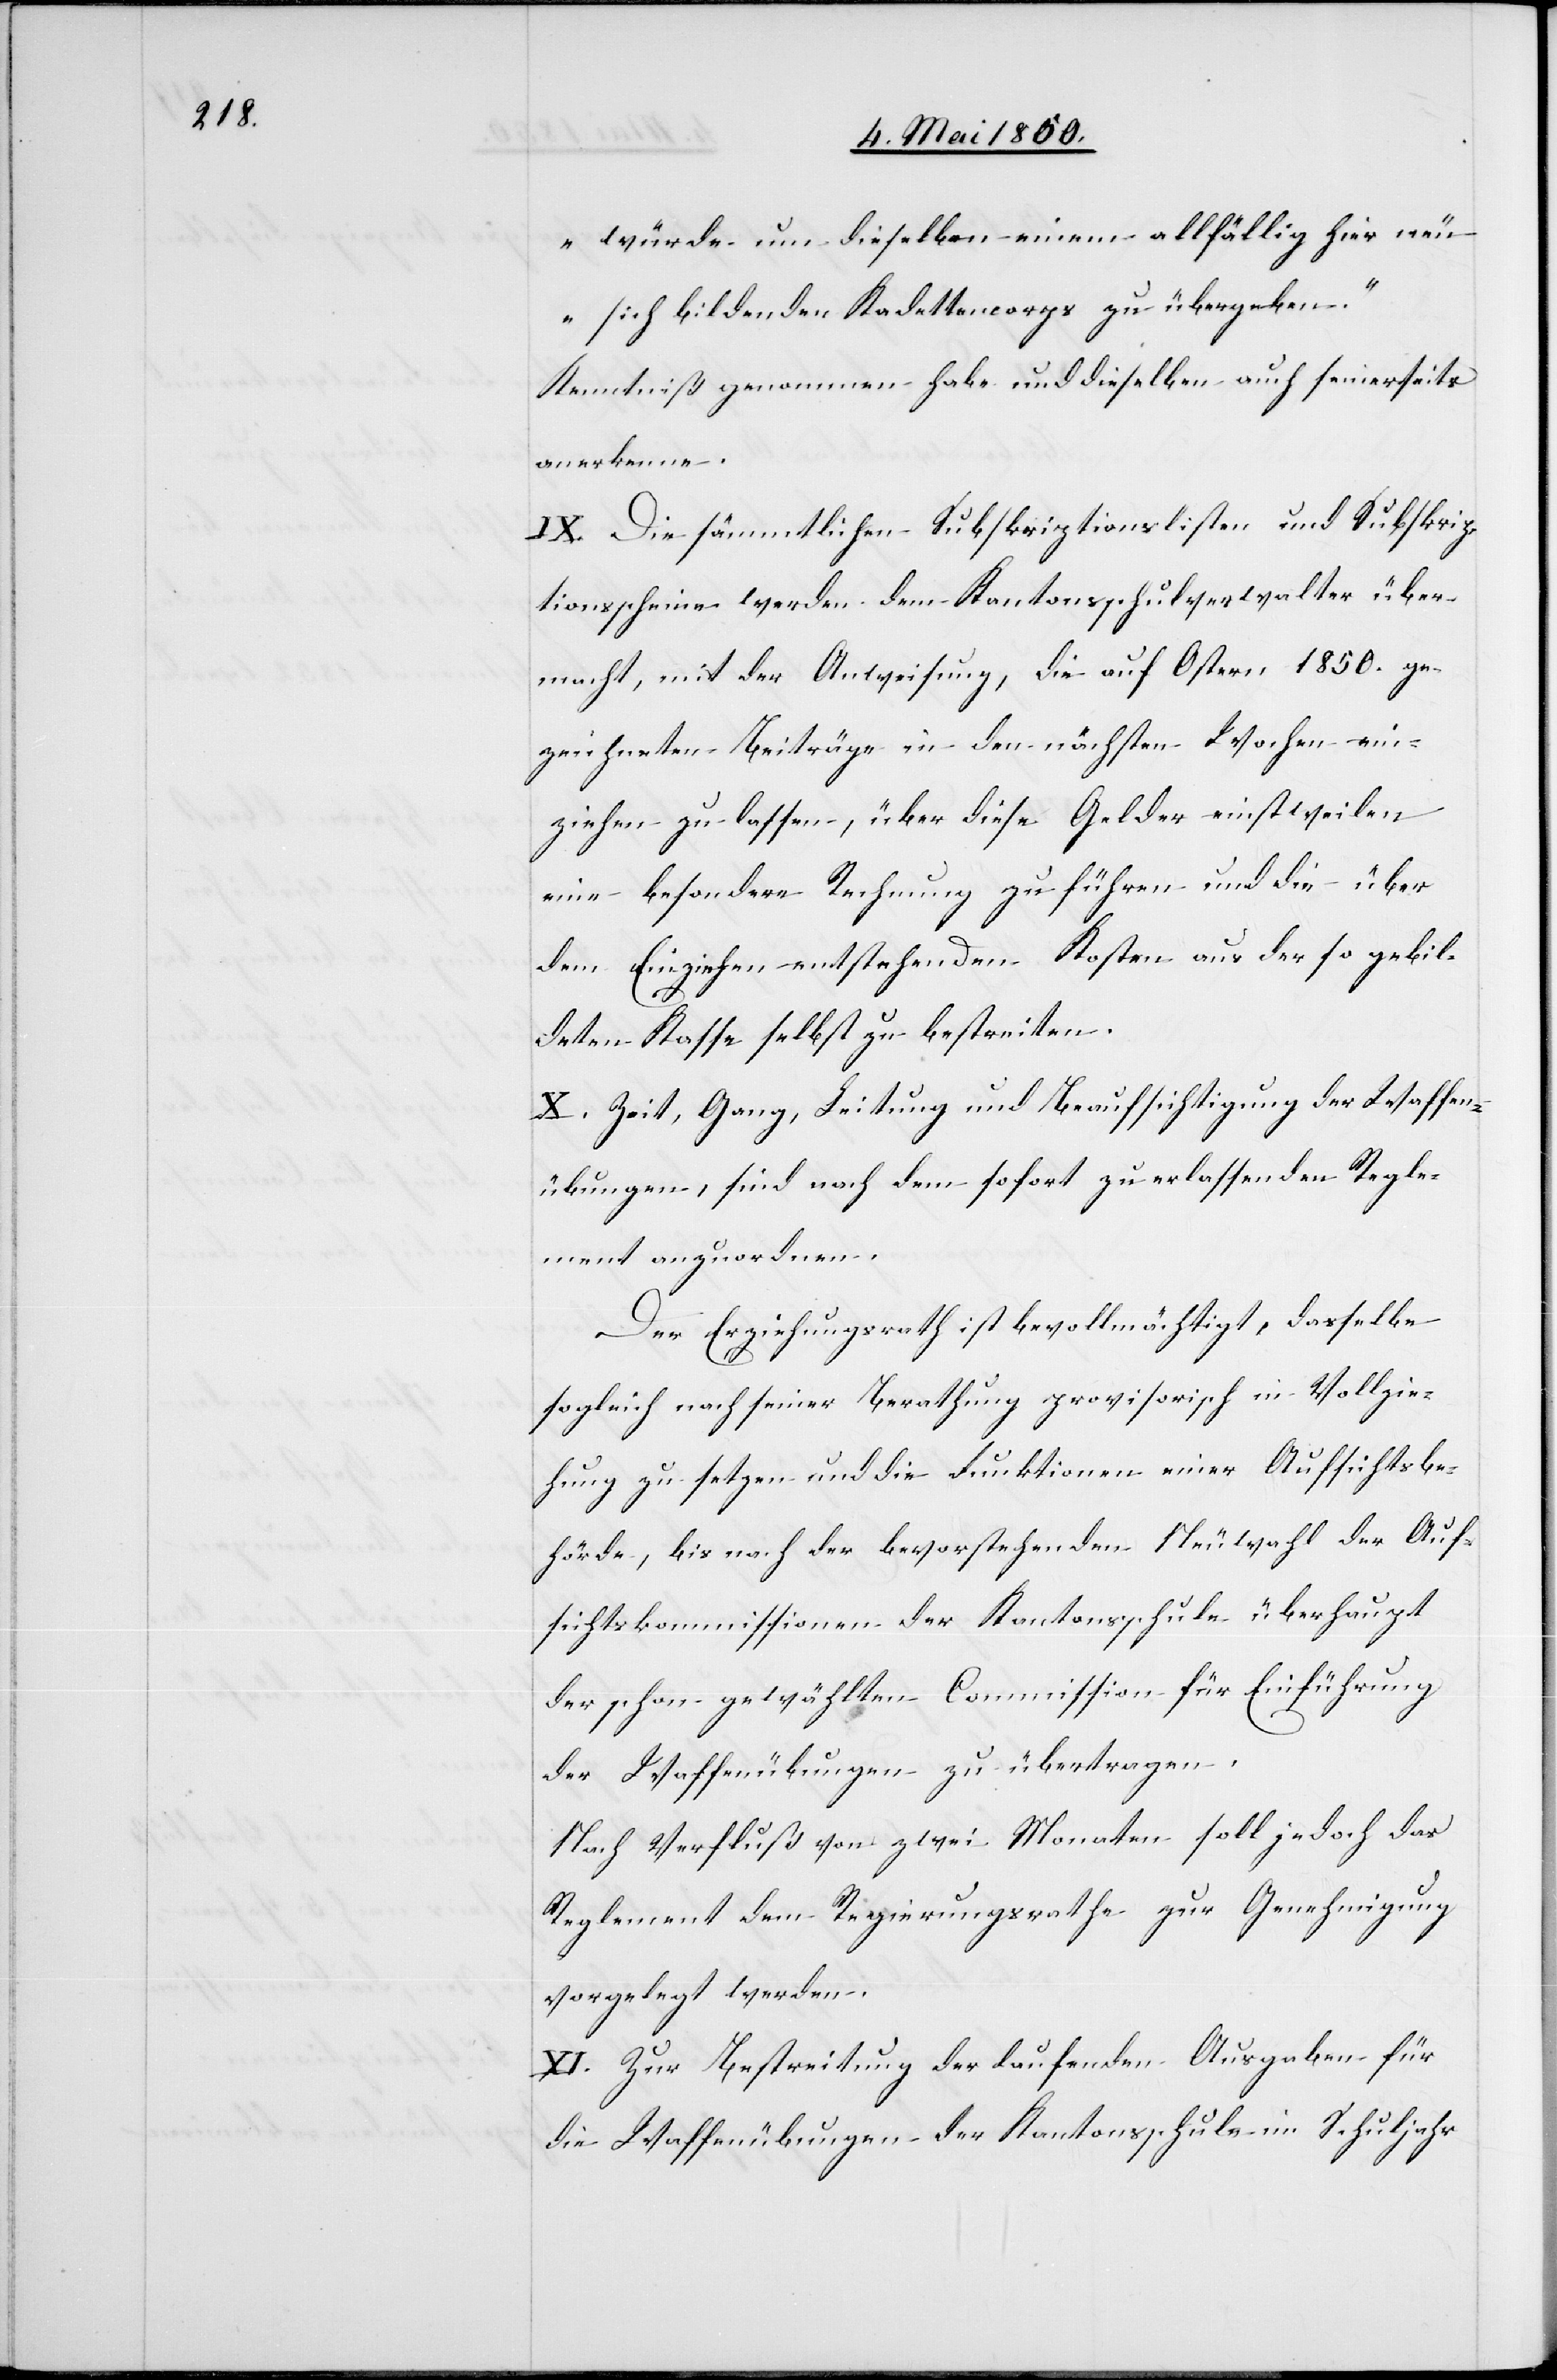
würde um dieselben einem allfällig hier neu
sich bildenden Kadettencorps zu übergeben.“
Kenntniß genommen habe und dieselben auch seinerseits
anerkenne.
IX. Die sämmtlichen Subskriptionslisten und Subskrip¬
tionsscheine werden dem Kantonsschulverwalter über¬
macht, mit der Anweisung, die auf Ostern 1850. ge¬
zeichneten Beiträge in den nächsten Wochen ein¬
ziehen zu lassen, über diese Gelder einstweilen
eine besondere Rechnung zu führen und die über
dem Einziehen entstehenden Kosten aus der so gebil¬
deten Kasse selbst zu bestreiten.
X. Zeit, Gang, Leitung und Beaufsichtigung der Waffen¬
übungen, sind nach dem sofort zu erlassenden Regle¬
ment anzuordnen.
Der Erziehungsrath ist bevollmächtigt, dasselbe
sogleich nach seiner Berathung provisorisch in Vollzie¬
hung zu setzten und die Funktionen einer Aufsichtsbe¬
hörde, bis nach der bevorstehenden Neuwahl der Auf¬
sichtskommissionen der Kantonsschule überhaupt
der schon gewählten Commission für Einführung
der Waffenübungen zu übertragen.
Nach Verfluß von zwei Monaten soll jedoch das
Reglement dem Regierungsrathe zur Genehmigung
vorgelegt werden.
XI. Zur Bestreitung der laufenden Ausgaben für
die Waffenübungen der Kantonsschule im Schuljahr